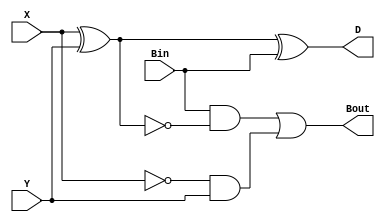
module FS (Bout, D, X, Y, Bin);

output Bout, D;
input X, Y, Bin;

wire xorw1, notw1, notw2, andw1, andw2;

xor (xorw1, X, Y);
xor (D, xorw1, Bin);

not (notw1, X);
not (notw2, xorw1);

and (andw1, Bin, notw2);
and (andw2, notw1, Y);

or (Bout, andw1, andw2);

endmodule